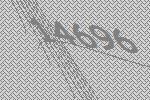
14696